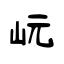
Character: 岏